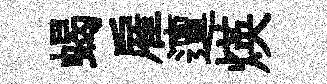
蝎雇邅煐